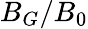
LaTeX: B_{G}/B_{0}